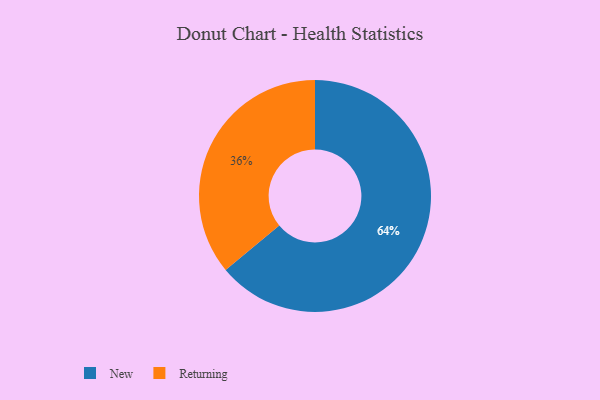
{"axis": {"x": "Category", "y": "Percentage"}, "legend": ["New", "Returning"], "data": [{"x": "Returning", "y": 36, "type": "Returning"}, {"x": "New", "y": 64, "type": "New"}]}